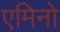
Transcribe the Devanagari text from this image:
एमिनो